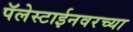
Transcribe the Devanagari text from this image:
पॅलेस्टाईनवरच्या